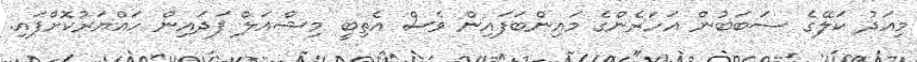
މިއަދު ކަލޭގެ ސަބަބުން އަހަރެންގެ މައިންބަފައިން ވެސް އެތިބީ މިޝްއަލް ފަދައިން ހައްޔަރުކޮށްފައި.